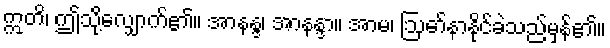
ဣတိ၊ ဤသို့လျှောက်၏။ အာနန္ဒ၊ အာနန္ဒာ။ အာမ၊ ဩော်နာနိုင်ခဲသည်မှန်၏။